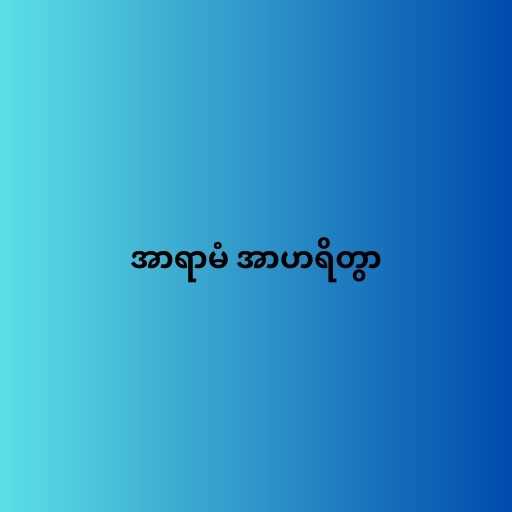
အာရာမံ အာဟရိတွာ